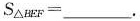
$$S _ { △ B E F } = ___ .